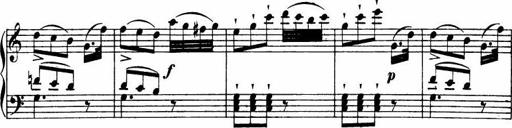
Title: Le bouquetier
Composer: Anton Diabelli
Key: G major
 C major
 F major
 C major